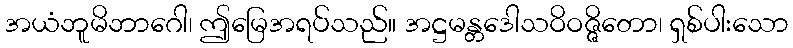
အယံဘူမိဘာဂေါ၊ ဤမြေအရပ်သည်။ အဋ္ဌမန္တဒေါသဝိဝဇ္ဇိတော၊ ရှစ်ပါးသော